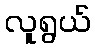
လူရွယ်